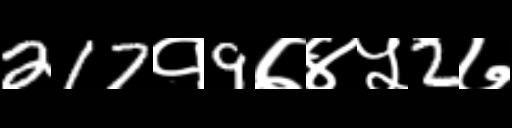
Text: 217१9७४५2७